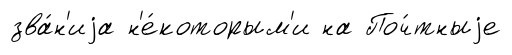
зва́н'иjа н'е́которым'и на Поч́тныjе